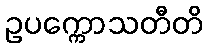
ဥပက္ကောသတီတိ